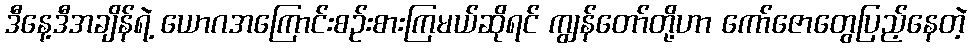
ဒီနေ့ဒီအချိန်ရဲ့ ယောဂအကြောင်းစဉ်းစားကြမယ်ဆိုရင် ကျွန်တော်တို့ဟာ ကော်ဇောတွေပြည့်နေတဲ့